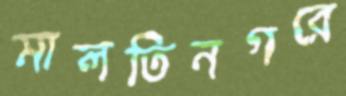
মালতিনগরে